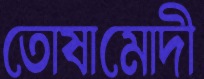
তোষামোদী